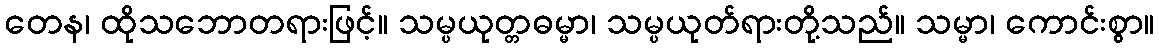
တေန၊ ထိုသဘောတရားဖြင့်။ သမ္ပယုတ္တဓမ္မာ၊ သမ္ပယုတ်ရားတို့သည်။ သမ္မာ၊ ကောင်းစွာ။